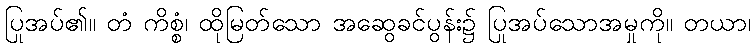
ပြုအပ်၏။ တံ ကိစ္စံ၊ ထိုမြတ်သော အဆွေခင်ပွန်း၌ ပြုအပ်သောအမှုကို။ တယာ၊